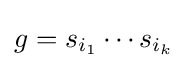
g=s_{i_{1}}\cdots s_{i_{k}}